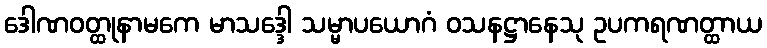
ဒေါဏဝတ္ထုနာမကေ မာသဒ္ဒေါ သမ္မာပယောဂံ ဝသနဋ္ဌာနေသု ဥပကရဏတ္ထာယ